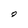
Character: 0